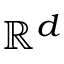
\mathbb { R } ^ { d }